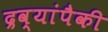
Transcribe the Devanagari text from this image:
द्रव्यांपैकी